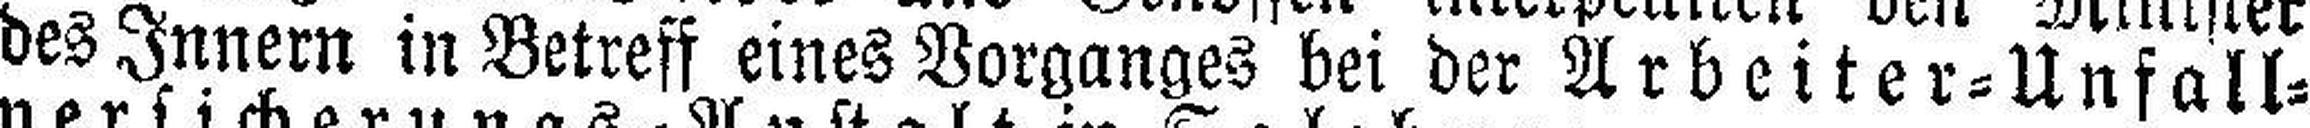
des Innern in Betreff eines Vorganges bei der Arbeiter=Unfall¬